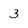
Character: 3